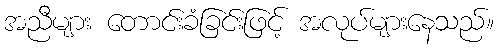
အညီများ တောင်းခံခြင်းဖြင့် အလုပ်များနေသည်။